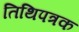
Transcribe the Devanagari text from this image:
तिथिपत्रक